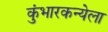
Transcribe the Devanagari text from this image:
कुंभारकन्येला